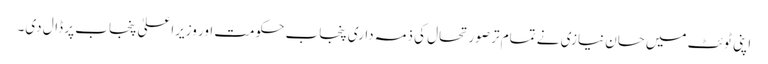
اپنی ٹوئٹ میں حسان نیازی نے تمام تر صورتحال کی ذمہ داری پنجاب حکومت اور وزیراعلیٰ پنجاب پر ڈال دی۔